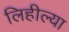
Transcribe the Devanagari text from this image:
लिहील्या